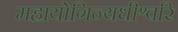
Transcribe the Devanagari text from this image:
महायोगिन्यधीश्वरि